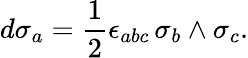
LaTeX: d\sigma_{a}=\frac{1}{2}\epsilon_{abc}\, \sigma_{b}\wedge\sigma_{c}.